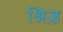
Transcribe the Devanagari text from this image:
श्निज़्र